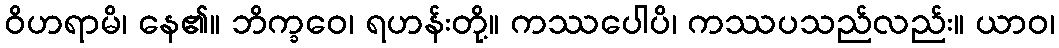
ဝိဟရာမိ၊ နေ၏။ ဘိက္ခဝေ၊ ရဟန်းတို့။ ကဿပေါပိ၊ ကဿပသည်လည်း။ ယာဝ၊